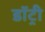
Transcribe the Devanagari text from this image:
डॉट्री